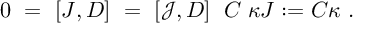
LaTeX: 0 \ = \ [ J , D ] \ = \ [ { \mathcal J } , D ] \ \; C \; \kappa J : = C \kappa \ .